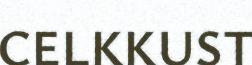
CELKKUST